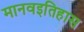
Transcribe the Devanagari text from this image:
मानवइतिहास